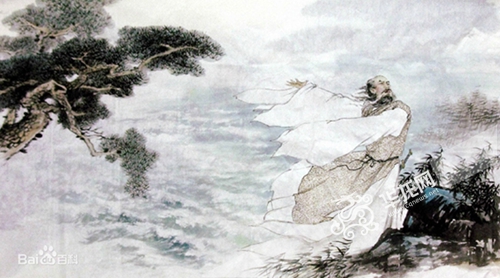
鹤发垂肩尺许长，离家三十五端阳。